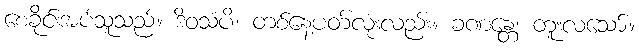
စေခိုင်းအပ်သူသည်။ ဒိဝသံပိ၊ တစ်နေ့ပတ်လုံးလည်း။ ခဏန္တေ၊ တူးလသော်။